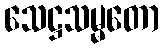
သေဋ္ဌသမ္မတော